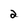
Character: 2